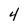
Character: 4